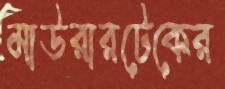
মাউরারটেকের